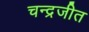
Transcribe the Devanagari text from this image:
चन्द्रजीत